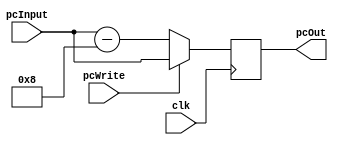

module pc (clk , pcWrite,pcInput,pcOut);
  input [31:0] pcInput;
  input clk,pcWrite;
  output reg [31:0] pcOut ;
        
  always @(posedge clk)
    begin
       if(pcWrite)
		 pcOut = pcInput ;
       else  pcOut = pcInput - 8;
	//$display(" pcOut = %d --pcInput: %d ",pcOut,pcInput);
    end
endmodule

/*module tbPC();
  reg [31:0] pcInput;
  reg clk,pcWrite;
  wire [31:0] pcOut;
initial
 begin
$monitor("%d",pcOut);
clk = 1;
pcInput = 0;
pcWrite = 1;
#5
clk = 0;
pcInput = pcInput + 4;
#5
clk = 1;
end
pc s1 (clk , pcWrite,pcInput,pcOut);
endmodule*/